system: You are a helpful assistant.
user:
Analyze the provided spectrum to determine if it is a **White Dwarf (WD)**.

A White Dwarf spectrum is defined by its **extreme purity** (due to gravitational settling) and/or **extreme pressure broadening** (due to high surface gravity). You must check for one of the following mutually exclusive signatures:

- **Key Visual Indicators (Check for ONE of these types):**

    - **1. DA-Type Signature (Most Common):**
        - **(Primary Feature):** Extreme pressure broadening (Stark broadening) of the **Hydrogen (H) Balmer lines**.
        - **(Key Lines):** $H\beta$ (approx. $4861$ Å) and $H\gamma$ (approx. $4340$ Å). $H\alpha$ (approx. $6563$ Å) will also be present if the wavelength range covers it.
        - **(Line Profile):** This is the **defining feature**. The lines are **NOT** sharp. They appear as massive, **extremely broad and deep "troughs" or "dips"** in the spectrum, often hundreds of Ångströms wide. The continuum will appear to "scoop" down at these wavelengths.
        - **(Distinction):** Normal A-type or B-type stars have *narrow* and *sharp* Hydrogen lines. A DA White Dwarf's lines are unmistakably "smeared" or "blurry" from pressure.

    - **2. DB-Type Signature:**
        - **(Primary Feature):** Broad absorption lines from **Neutral Helium (He I)**. The spectrum must lack any visible Hydrogen lines.
        - **(Key Lines):** Look for broad absorption near $4471$ Å, $4921$ Å, and $5876$ Å.
        - **(Line Profile):** These lines are also significantly pressure-broadened, appearing much wider than they would in a normal B-type main-sequence star.

    - **3. DC-Type Signature:**
        - **(Primary Feature):** A **featureless continuous spectrum**.
        - **(Line Profile):** The spectrum is a smooth curve with **no significant absorption or emission lines**.
        - **(Key Confirmation):** The continuum is almost always **blue or white**, indicating a hot object. This signature implies the atmosphere is so pure (or so cool) that no spectral lines are visible in the optical range. Its WD identity is confirmed by its extremely low intrinsic brightness (high absolute magnitude).

    - **4. DZ-Type Signature (Metal-Polluted):**
        - **(Primary Feature):** **Isolated, narrow metal absorption lines** on an otherwise featureless (DC-like) continuum.
        - **(Key Lines):** The **Calcium (Ca II) H & K doublet** (approx. **$3934$ Å** and **$3968$ Å**) is the most common and defining feature.
        - **(Line Profile):** These lines are "out of place." They are *not* part of a "forest" of thousands of lines. This signature is evidence of recent *accretion* (pollution) from rocky debris.
        - **(Distinction):** Normal G/K/M stars have a *dense forest* of thousands of metal lines. A DZ has a *clean* continuum with *only a few* strong metal lines.

    - **5. DQ-Type Signature (Carbon-Polluted):**
        - **(Primary Feature):** Absorption bands from **Carbon (C₂ "Swan Bands" or atomic C I)**.
        - **(Key Lines - C₂):** Look for bandheads with a "saw-tooth" shape near $5635$ Å, **$5165$ Å** (strongest), and $4737$ Å.
        - **(Key Confirmation):** The underlying **continuum must be blue or white** (hot).
        - **(Distinction):** This is the critical difference from a **Carbon Star**, which has the *exact same* C₂ bands but on an extremely **red, cool** continuum.

- **(Overall Spectrum):**
    - The continuum (overall shape) is typically **blue-sloping** (brighter in the blue than the red), as most white dwarfs are very hot.
    - The spectrum will look "pure" or "simple," dominated by only *one* of the five signatures listed above.

Think first, call **spectral_visualization_tool** if needed to examine features in detail, then provide your final answer. Your response must adhere to the following strict rules:
1.  **Overall Structure:** Your response must follow the format `<think>...</think> <tool_call>...</tool_call> (if a tool is used) <answer>...</answer>`.
2.  **Tool Usage Constraint:** You may only make **one** tool call per turn.
3.  **Final Answer Format:** In the `<answer>` tag, your conclusion must be inside a `\boxed{}` command (e.g., `\boxed{YES}` or `\boxed{NO}`), followed by your justification.

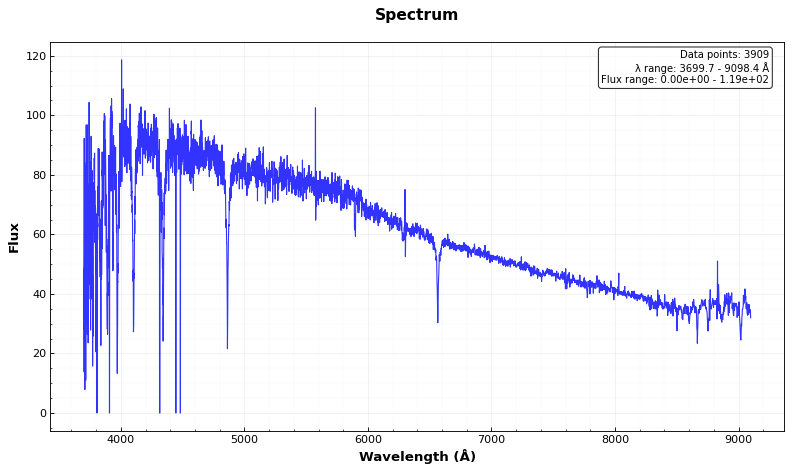
Answer: NO